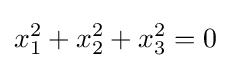
x_{1}^{2}+x_{2}^{2}+x_{3}^{2}=0